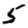
Digit: 5